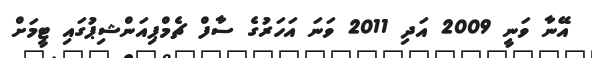
އޭނާ ވަނީ 2009 އަދި 2011 ވަނަ އަހަރުގެ ސާފް ޗެމްޕިއަންޝިޕުގައި ޓީމަށް